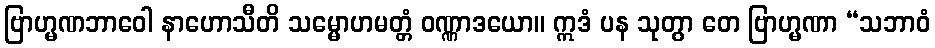
ဗြာဟ္မဏဘာဝေါ နာဟောသီတိ သမ္မောဟမတ္တံ ဝဏ္ဏာဒယော။ ဣဒံ ပန သုတွာ တေ ဗြာဟ္မဏာ “သဘာဝံ